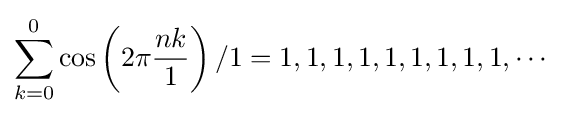
\sum _{k=0}^{0}\cos \left(2\pi {\frac {nk}{1}}\right)/1=1,1,1,1,1,1,1,1,1,\cdots